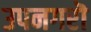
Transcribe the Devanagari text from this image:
उपनगरॊ